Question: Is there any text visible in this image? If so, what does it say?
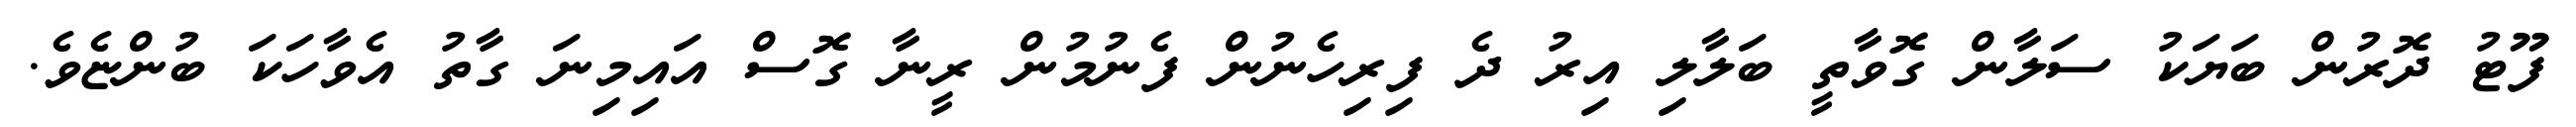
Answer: ފޫޓު ދޮރުން ބަޔަކު ސަލާން ގޮވާތީ ބަލާލި އިރު ދެ ފިރިހެނުން ފެނުމުން ރީނާ ގޮސް އައިމިނަ ގާތު އެވާހަކަ ބުންޏެވެ.